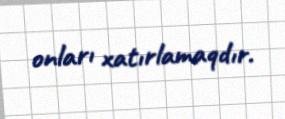
onları xatırlamaqdır.